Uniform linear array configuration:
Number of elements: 24
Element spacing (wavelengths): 1
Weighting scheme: uniform
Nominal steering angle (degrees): -60
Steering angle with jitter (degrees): -60.357
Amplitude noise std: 0.05
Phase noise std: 0.05

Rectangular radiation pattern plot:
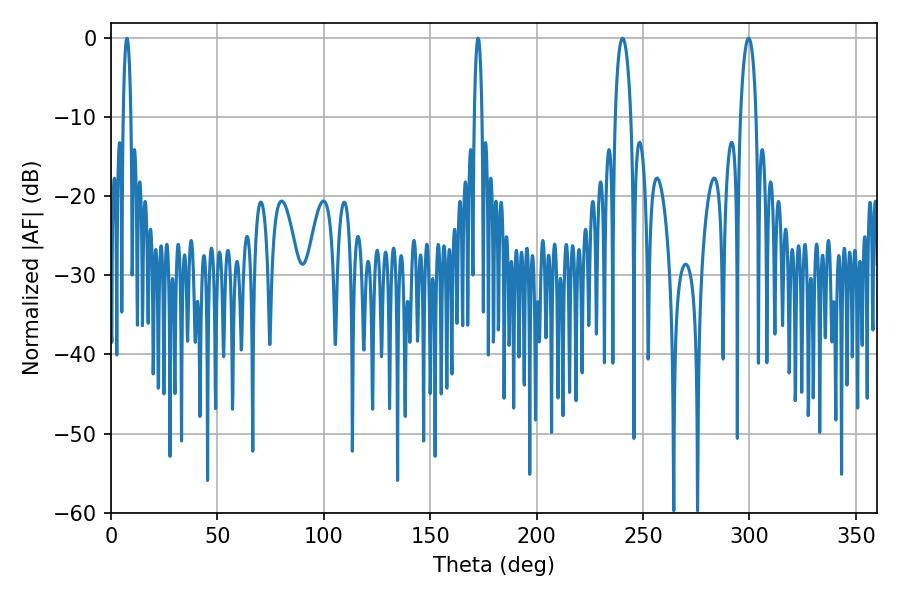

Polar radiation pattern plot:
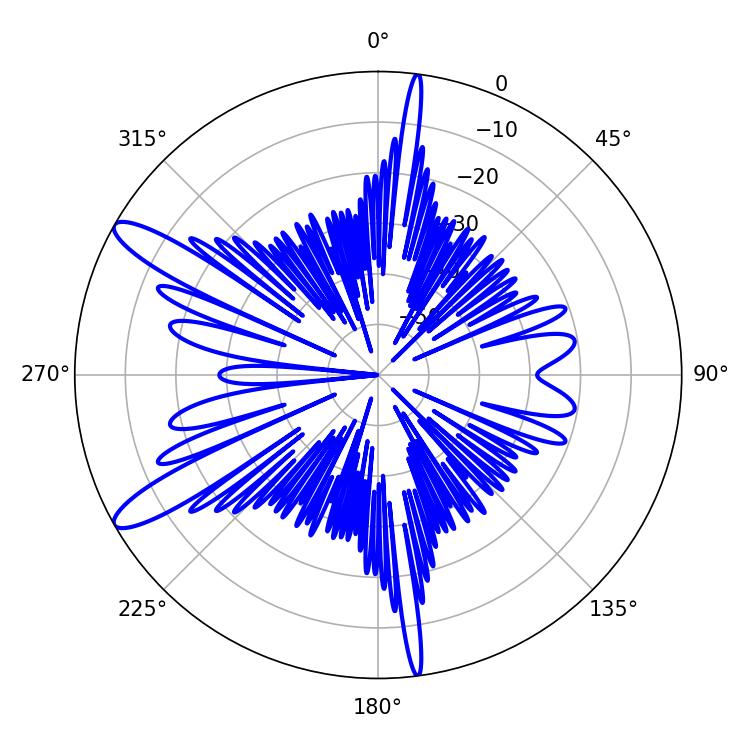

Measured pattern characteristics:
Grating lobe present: TRUE
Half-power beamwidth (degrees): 4.14
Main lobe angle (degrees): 240.3